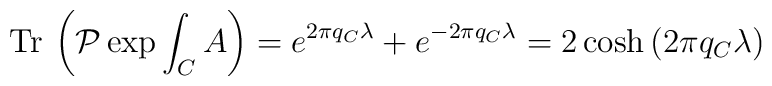
{\mathrm{Tr}}\:\left( \mathcal{P}\exp{\int_C A}\right) =  e^{2\pi q_C\lambda}+e^{-2\pi q_C\lambda}= 2 \cosh{(2\pi q_C\lambda)}